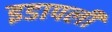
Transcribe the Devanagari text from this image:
इडापली